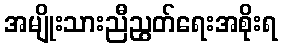
အမျိုးသားညီညွတ်ရေးအစိုးရ